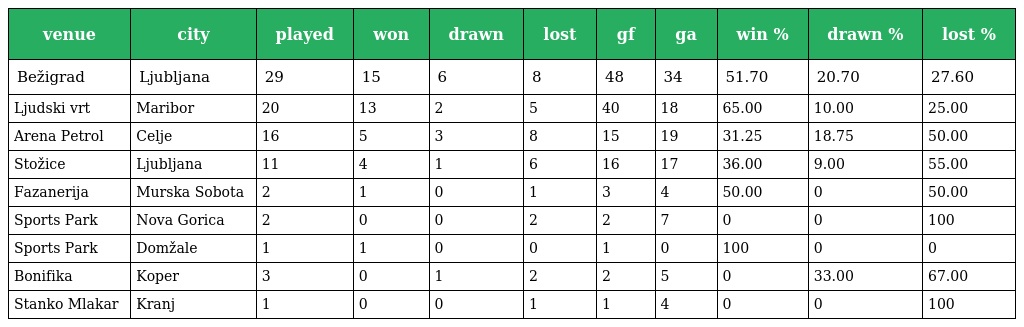
| venue | city | played | won | drawn | lost | gf | ga | win % | drawn % | lost % |
 | --- | --- | --- | --- | --- | --- | --- | --- | --- | --- | --- |
 | Bežigrad | Ljubljana | 29 | 15 | 6 | 8 | 48 | 34 | 51.70 | 20.70 | 27.60 |
 | Ljudski vrt | Maribor | 20 | 13 | 2 | 5 | 40 | 18 | 65.00 | 10.00 | 25.00 |
 | Arena Petrol | Celje | 16 | 5 | 3 | 8 | 15 | 19 | 31.25 | 18.75 | 50.00 |
 | Stožice | Ljubljana | 11 | 4 | 1 | 6 | 16 | 17 | 36.00 | 9.00 | 55.00 |
 | Fazanerija | Murska Sobota | 2 | 1 | 0 | 1 | 3 | 4 | 50.00 | 0 | 50.00 |
 | Sports Park | Nova Gorica | 2 | 0 | 0 | 2 | 2 | 7 | 0 | 0 | 100 |
 | Sports Park | Domžale | 1 | 1 | 0 | 0 | 1 | 0 | 100 | 0 | 0 |
 | Bonifika | Koper | 3 | 0 | 1 | 2 | 2 | 5 | 0 | 33.00 | 67.00 |
 | Stanko Mlakar | Kranj | 1 | 0 | 0 | 1 | 1 | 4 | 0 | 0 | 100 |